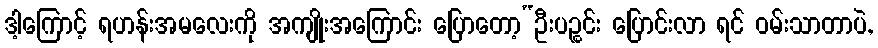
ဒါ့ကြောင့် ရဟန်းအမလေးကို အကျိုးအကြောင်း ပြောတော့“ဦးပဉ္စင်း ပြောင်းလာ ရင် ဝမ်းသာတာပဲ,